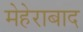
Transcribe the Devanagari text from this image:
मेहेराबाद